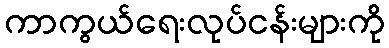
ကာကွယ်ရေးလုပ်ငန်းများကို